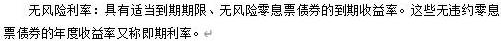
无风险利率：具有适当到期期限、无风险零息票债券的到期收益率。这些无违约零息